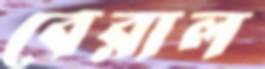
বেরাল